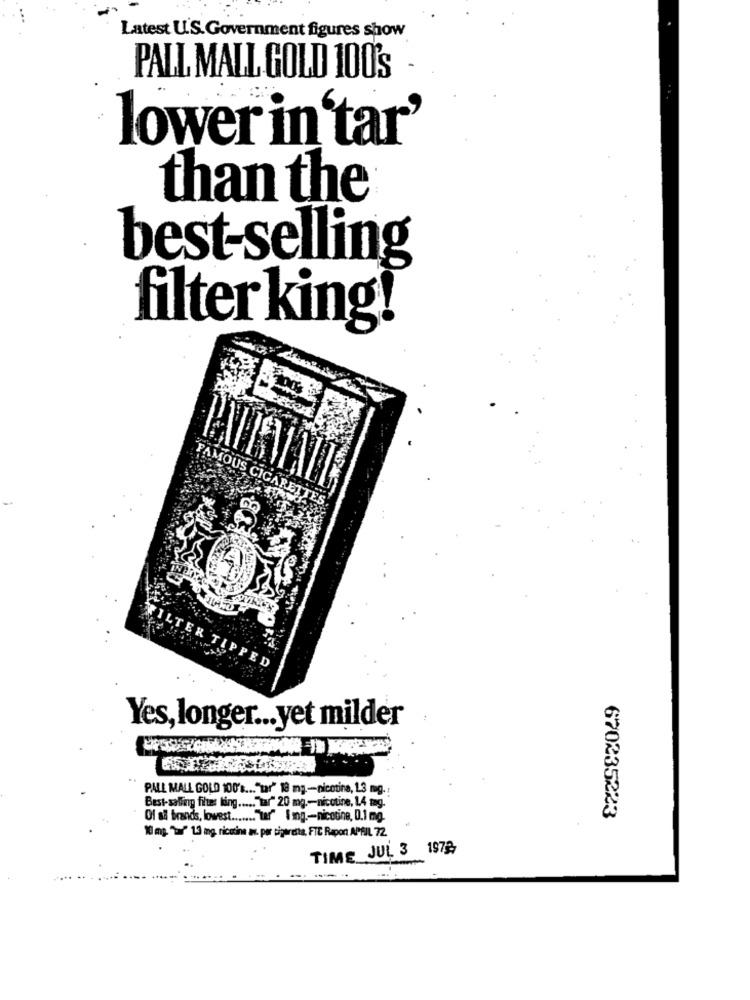
Latest U.S.Government figures show
PALL MALL GOLD 100's
lower in tar'
than the
best-selling
filter king!
FAMOUS CIGARETTES
FILTER TIPPED
Yes, longer ... yet milder
..
PALL MALL GOLD 100's ... "tar" 18 mg-nicotina, 13 mg .:
Best-selling fier ling ..... "tar" 20 mg .- nicotine, 14 tag.
Of så brands, lowest ....... "ter" Img .- nicotine, D.1 mg.
670235223
10 mg. ">" 1.3 mg nicotina av. por sigaretta, FTE Rapon APRIL 72.
TIME JUL 3 197%